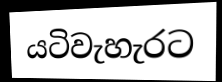
යටිවැහැරට